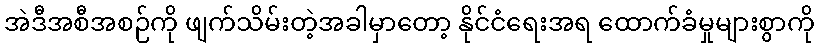
အဲဒီအစီအစဉ်ကို ဖျက်သိမ်းတဲ့အခါမှာတော့ နိုင်ငံရေးအရ ထောက်ခံမှုများစွာကို